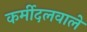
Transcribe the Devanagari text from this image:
कर्मीदलवाले